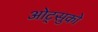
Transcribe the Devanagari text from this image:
ओट्सुको